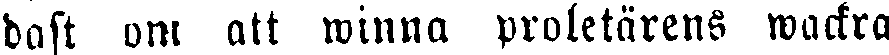
dast om att winna proletärens wackra